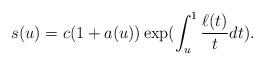
LaTeX: \begin{align*}s(u)=c(1+a(u)) \exp (\int_{u}^{1}\frac{\ell (t)}{t}dt). \end{align*}